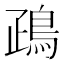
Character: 𪀑